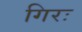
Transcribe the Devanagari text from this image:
गिरः